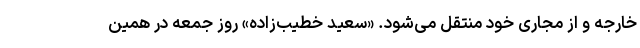
خارجه و از مجاری خود منتقل می‌شود. «سعید خطیب‌زاده» روز جمعه در همین